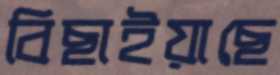
বিছাইয়াছে